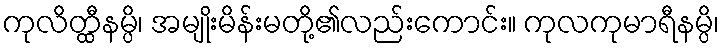
ကုလိတ္ထီနမ္ပိ၊ အမျိုးမိန်းမတို့၏လည်းကောင်း။ ကုလကုမာရီနမ္ပိ၊